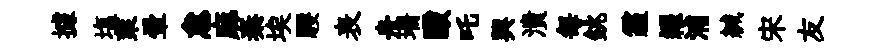
據塩萊暈怠麻秦埃騕表舟珊毆吒興潰每銚霾糴浦緘宋友